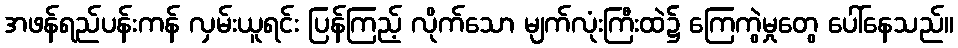
အဖန်ရည်ပန်းကန် လှမ်းယူရင်း ပြန်ကြည့် လိုက်သော မျက်လုံးကြီးထဲ၌ ကြေကွဲမှုတွေ ပေါ်နေသည်။